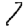
Digit: 1